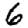
Digit: 6